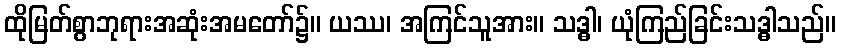
ထိုမြတ်စွာဘုရားအဆုံးအမတော်၌။ ယဿ၊ အကြင်သူအား။ သဒ္ဓါ၊ ယုံကြည်ခြင်းသဒ္ဓါသည်။